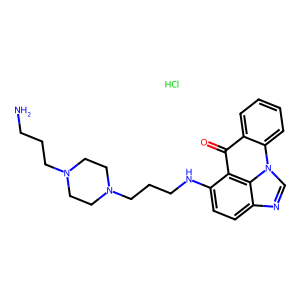
SMILES: Cl.NCCCN1CCN(CCCNc2ccc3ncn4c5ccccc5c(=O)c2c34)CC1
Inhibits HIV replication: No